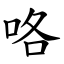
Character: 咯